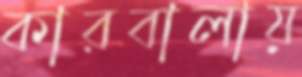
কারবালায়